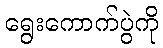
ရွေးကောက်ပွဲကို